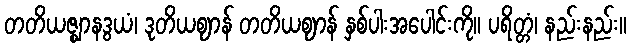
တတိယဇ္ဈာနဒွယံ၊ ဒုတိယဈာန် တတိယဈာန် နှစ်ပါးအပေါင်းကို။ ပရိတ္တံ၊ နည်းနည်း။